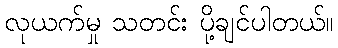
လုယက်မှု သတင်း ပို့ချင်ပါတယ်။